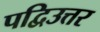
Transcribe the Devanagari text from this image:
पद्विउत्तर